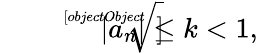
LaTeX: {\sqrt[[objectObject]]{|a_{n}|}}\leq k<1,